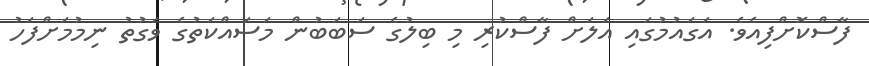
ފާސްކޮށްފިއެވެ. އަގައުމުގައި އަލަށް ފާސްކުރި މި ބިލުގެ ސަބަބުން މަސައްކަތުގެ ވަގުތު ނިމުމަށްފަހު